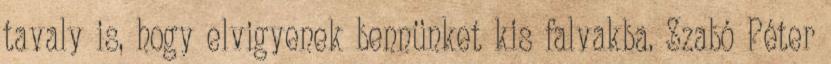
tavaly is, hogy elvigyenek bennünket kis falvakba. Szabó Péter